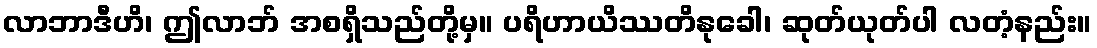
လာဘာဒီဟိ၊ ဤလာဘ် အစရှိသည်တို့မှ။ ပရိဟာယိဿတိနုခေါ၊ ဆုတ်ယုတ်ပါ လတံ့နည်း။